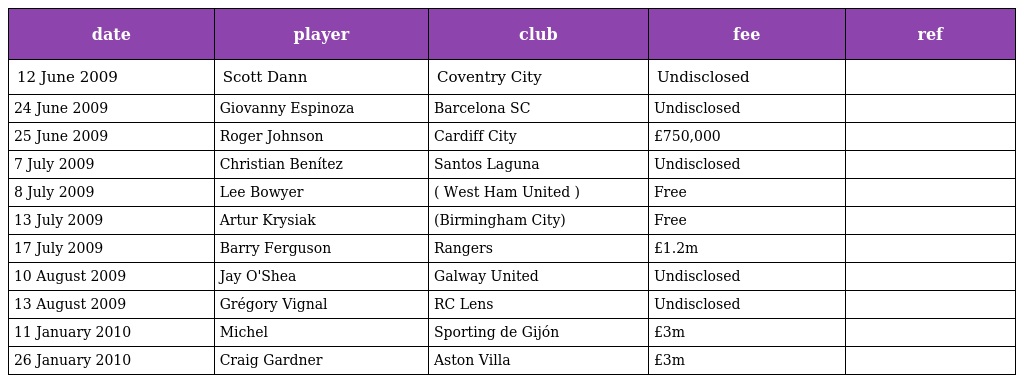
| date | player | club | fee | ref |
 | --- | --- | --- | --- | --- |
 | 12 June 2009 | Scott Dann | Coventry City | Undisclosed |  |
 | 24 June 2009 | Giovanny Espinoza | Barcelona SC | Undisclosed |  |
 | 25 June 2009 | Roger Johnson | Cardiff City | £750,000 |  |
 | 7 July 2009 | Christian Benítez | Santos Laguna | Undisclosed |  |
 | 8 July 2009 | Lee Bowyer | ( West Ham United ) | Free |  |
 | 13 July 2009 | Artur Krysiak | (Birmingham City) | Free |  |
 | 17 July 2009 | Barry Ferguson | Rangers | £1.2m |  |
 | 10 August 2009 | Jay O'Shea | Galway United | Undisclosed |  |
 | 13 August 2009 | Grégory Vignal | RC Lens | Undisclosed |  |
 | 11 January 2010 | Michel | Sporting de Gijón | £3m |  |
 | 26 January 2010 | Craig Gardner | Aston Villa | £3m |  |